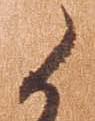
候